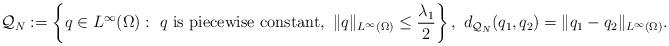
LaTeX: \begin{align*}\mathcal{Q}_N:=\left\{q\in L^{\infty}(\Omega): \ q \mbox{ is piecewise constant}, \ \|q\|_{L^{\infty}(\Omega)}\leq \frac{\lambda_1}{2} \right\}, \ d_{\mathcal{Q}_N}(q_1, q_2)= \|q_1-q_2\|_{L^{\infty}(\Omega)}.\end{align*}